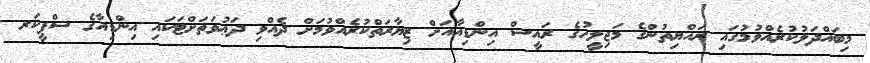
މިބައްދަލުކުރެއްވުމުގައި ރައްޔިތުންގެ މަޖިލީހުގެ ރައީސް އިންޑިއާއަށް ޒިޔާރަތްކުރެއްވުމަށް ދެއްވި ދަޢުވަތަށްޓަކައި އިންޑިއާގެ ސްޕީކަރ